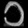
Digit: ၁